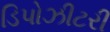
ડિપોઝીટરી